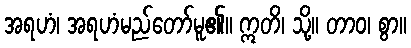
အရဟံ၊ အရဟံမည်တော်မူ၏။ ဣတိ၊ သို့။ တာဝ၊ စွာ။